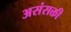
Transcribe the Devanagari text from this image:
असंसक्ती